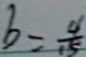
b = \frac { 4 } { 1 5 }